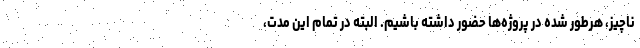
ناچیز، هرطور شده در پروژه‌ها حضور داشته باشیم. البته در تمام این مدت،